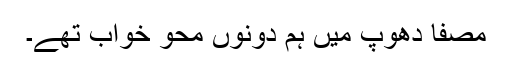
مصفا دھوپ میں ہم دونوں محو خواب تھے۔